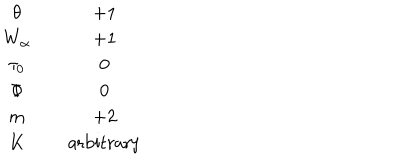
\begin{matrix} { { \theta } } & { { } } & { { + 1 } } \\ { { W _ { \alpha } } } & { { } } & { { + 1 } } \\ { { \tau _ { 0 } } } & { { } } & { { 0 } } \\ { { \Phi } } & { { } } & { { 0 } } \\ { { m } } & { { } } & { { + 2 } } \\ { { K } } & { { } } & { { \mathrm { a r b i t r a r y } } } \\ \end{matrix}